Report on the working of the Ranchi Indian Mental Hospital, Kanke, in Bihar and Orissa - 1930-1940
Year: 1930
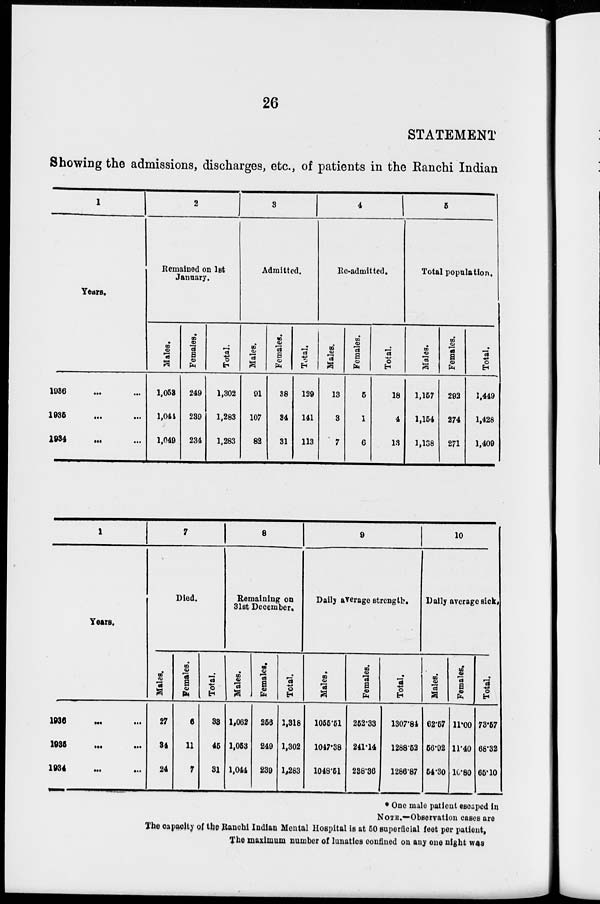
26
STATEMENT
Showing the admissions, discharges, etc., of patients in the Ranchi Indian
1
Years.
1936 ... ...
1935
...
...
1934 ... ...
2
Remained on 1st
January.
Males.
1,053
1,044
1,049
Females.
249
239
234
Total.
1,302
1,283
1,283
3
Admitted.
Males.
91
107
82
Females.
38
34
31
Total.
129
141
113
4
Re-admitted.
Males.
13
3
7
Females.
5
1
6
Total.
18
4
13
5
Total population.
Males.
1,157
1,154
1,138
Females.
292
274
271
Total.
1,449
1,428
1,409
1
Years.
1936
... ...
1935 ...
...
1934 ... ...
7
Died.
Males.
27
34
24
Females.
6
11
7
Total.
33
45
31
8
Remaining on
31st December.
Males.
1,062
1,053
1,044
Females.
256
249
239
Total.
1,318
1,302
1,283
9
Daily average strength.
Males.
1055.51
1047.38
1048.51
Females.
252.33
241.14
238.36
Total.
1307.84
1288.52
1286.87
10
Daily average sick.
Males.
62.57
56.92
54.30
Females.
11.00
11.40
10.80
Total.
73.57
68.32
65.10
* One male patient escaped in
NOTE.—Observation cases are
The capacity of the Ranchi Indian Mental Hospital is at 50 superficial feet per patient,
The maximum number of lunatics confined on any one night was